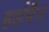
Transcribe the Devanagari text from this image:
हर्डमैन